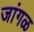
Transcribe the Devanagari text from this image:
जांगळ